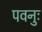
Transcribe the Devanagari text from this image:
पवनुः